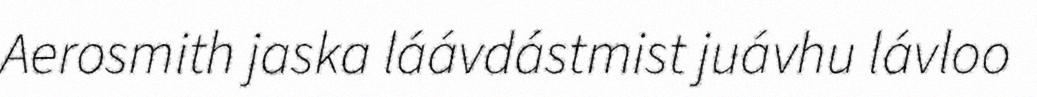
Aerosmith jaska láávdástmist juávhu lávloo